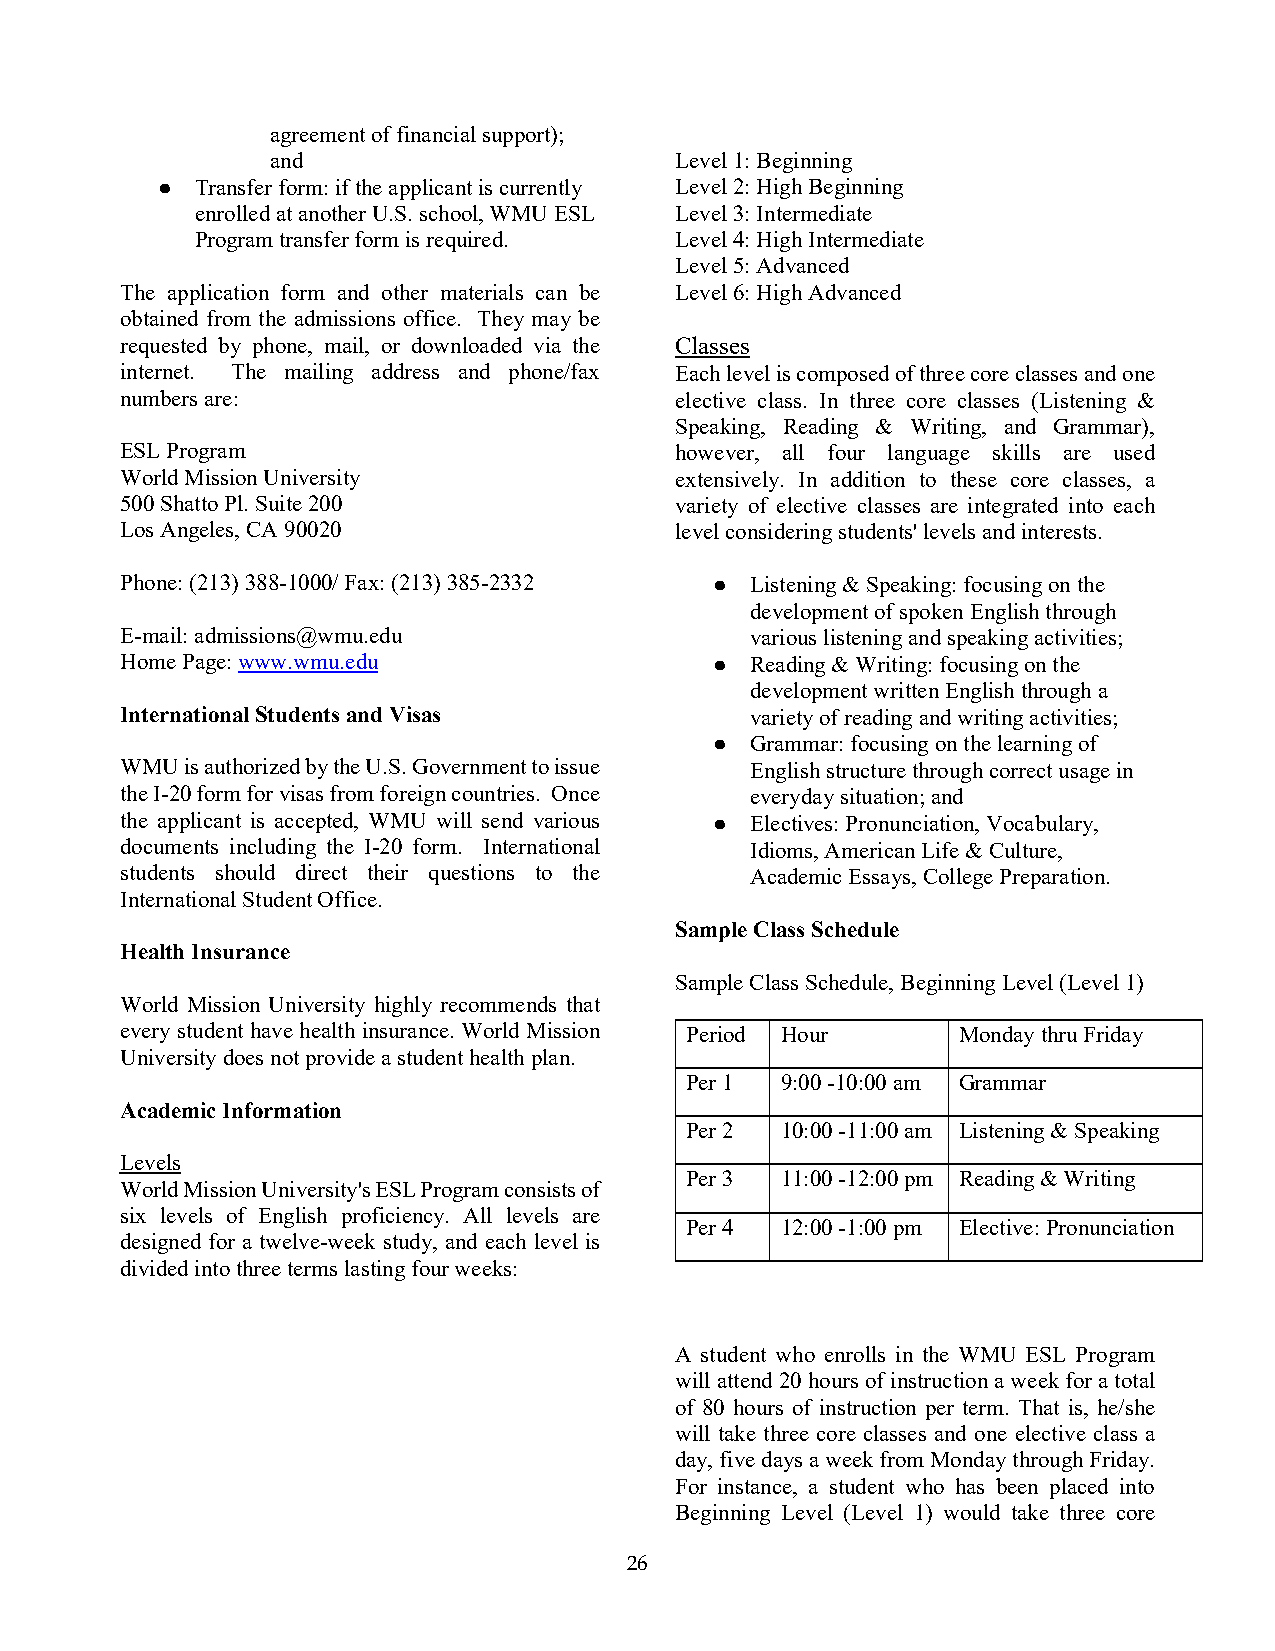
agreement of financial support);
 and                        Level 1: Beginning
 ●  Transfer form: if the applicant is currently Level 2: High Beginning
 enrolled at another U.S. school, WMU ESL Level 3: Intermediate
 Program transfer form is required. Level 4: High Intermediate
 Level 5: Advanced
 The application form and other materials can be Level 6: High Advanced
 obtained from the admissions office. They may be
 requested by phone, mail, or downloaded via the Classes
 internet. The mailing address and phone/fax Each level is composed of three core classes and one
 numbers are:                         elective class. In three core classes (Listening &
 Speaking, Reading & Writing, and Grammar),
 ESL Program                          however, all four language skills are used
 World Mission University             extensively. In addition to these core classes, a
 500 Shatto Pl. Suite 200             variety of elective classes are integrated into each
 Los Angeles, CA 90020                level considering students' levels and interests.
 Phone: (213) 388-1000/ Fax: (213) 385-2332 ● Listening & Speaking: focusing on the
 development of spoken English through
 E-mail: admissions@wmu.edu                various listening and speaking activities;
 Home Page: www.wmu.edu                 ●  Reading & Writing: focusing on the
 development written English through a
 International Students and Visas          variety of reading and writing activities;
 ●  Grammar: focusing on the learning of
 WMU is authorized by the U.S. Government to issue English structure through correct usage in
 the I-20 form for visas from foreign countries. Once everyday situation; and
 the applicant is accepted, WMU will send various ● Electives: Pronunciation, Vocabulary,
 documents including the I-20 form. International Idioms, American Life & Culture,
 students should direct their questions to the Academic Essays, College Preparation.
 International Student Office.
 Sample Class Schedule
 Health Insurance
 Sample Class Schedule, Beginning Level (Level 1)
 World Mission University highly recommends that
 every student have health insurance. World Mission Period Hour Monday thru Friday
 University does not provide a student health plan.
 Per 1  9:00 -10:00 am Grammar
 Academic Information
 Per 2  10:00 -11:00 am Listening & Speaking
 Levels
 Per 3  11:00 -12:00 pm Reading & Writing
 World Mission University's ESL Program consists of
 six levels of English proficiency. All levels are
 Per 4  12:00 -1:00 pm Elective: Pronunciation
 designed for a twelve-week study, and each level is
 divided into three terms lasting four weeks:
 A student who enrolls in the WMU ESL Program
 will attend 20 hours of instruction a week for a total
 of 80 hours of instruction per term. That is, he/she
 will take three core classes and one elective class a
 day, five days a week from Monday through Friday.
 For instance, a student who has been placed into
 Beginning Level (Level 1) would take three core
 26